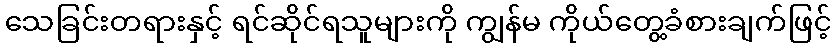
သေခြင်းတရားနှင့် ရင်ဆိုင်ရသူများကို ကျွန်မ ကိုယ်တွေ့ခံစားချက်ဖြင့်